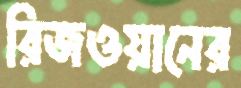
রিজওয়ানের